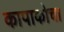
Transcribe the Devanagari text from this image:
कापाकोचा